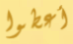
أعطوا